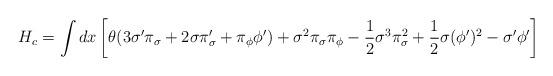
LaTeX: \begin{align*}H_c=\int dx\left[\theta(3{\sigma}^{\prime}{\pi}_{\sigma}+2\sigma{\pi}^{\prime}_{\sigma}+{\pi}_{\phi}{\phi}^{\prime})+{\sigma}^2{\pi}_{\sigma}{\pi}_{\phi}-{\frac 1 2}{\sigma}^3{\pi}^2_{\sigma}+{\frac 1 2}\sigma({\phi}^{\prime})^2-{\sigma}^{\prime}{\phi}^{\prime}\right]\end{align*}